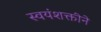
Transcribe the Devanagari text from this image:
स्वयंशक्तीने